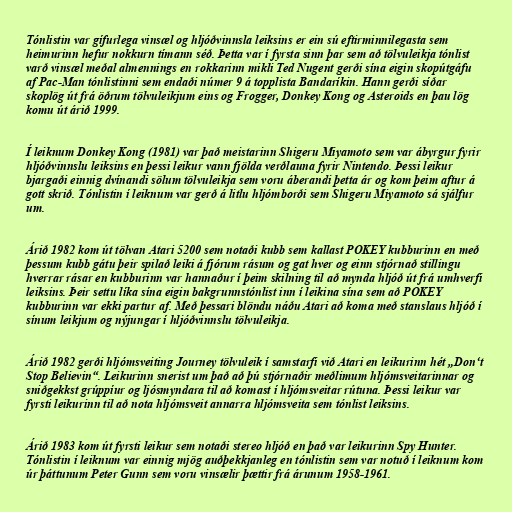
Tónlistin var gífurlega vinsæl og hljóðvinnsla leiksins er ein sú eftirminnilegasta sem
heimurinn hefur nokkurn tímann séð. Þetta var í fyrsta sinn þar sem að tölvuleikja tónlist
varð vinsæl meðal almennings en rokkarinn mikli Ted Nugent gerði sína eigin skopútgáfu
af Pac-Man tónlistinni sem endaði númer 9 á topplista Bandaríkin. Hann gerði síðar
skoplög út frá öðrum tölvuleikjum eins og Frogger, Donkey Kong og Asteroids en þau lög
komu út árið 1999.

Í leiknum Donkey Kong (1981) var það meistarinn Shigeru Miyamoto sem var ábyrgur fyrir
hljóðvinnslu leiksins en þessi leikur vann fjölda verðlauna fyrir Nintendo. Þessi leikur
bjargaði einnig dvínandi sölum tölvuleikja sem voru áberandi þetta ár og kom þeim aftur á
gott skrið. Tónlistin í leiknum var gerð á litlu hljómborði sem Shigeru Miyamoto sá sjálfur
um.

Árið 1982 kom út tölvan Atari 5200 sem notaði kubb sem kallast POKEY kubburinn en með
þessum kubb gátu þeir spilað leiki á fjórum rásum og gat hver og einn stjórnað stillingu
hverrar rásar en kubburinn var hannaður í þeim skilning til að mynda hljóð út frá umhverfi
leiksins. Þeir settu líka sína eigin bakgrunnstónlist inn í leikina sína sem að POKEY
kubburinn var ekki partur af. Með þessari blöndu náðu Atari að koma með stanslaus hljóð í
sínum leikjum og nýjungar í hljóðvinnslu tölvuleikja.

Árið 1982 gerði hljómsveiting Journey tölvuleik í samstarfi við Atari en leikurinn hét „Don‘t
Stop Believin“. Leikurinn snerist um það að þú stjórnaðir meðlimum hljómsveitarinnar og
sniðgekkst grúppíur og ljósmyndara til að komast í hljómsveitar rútuna. Þessi leikur var
fyrsti leikurinn til að nota hljómsveit annarra hljómsveita sem tónlist leiksins.

Árið 1983 kom út fyrsti leikur sem notaði stereo hljóð en það var leikurinn Spy Hunter.
Tónlistin í leiknum var einnig mjög auðþekkjanleg en tónlistin sem var notuð í leiknum kom
úr þáttunum Peter Gunn sem voru vinsælir þættir frá árunum 1958-1961.